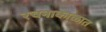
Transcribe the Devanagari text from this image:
रचनाकाळात